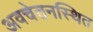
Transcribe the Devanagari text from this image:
अवचेतनस्थित